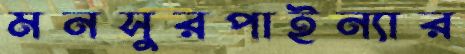
মনসুরপাইন্যার